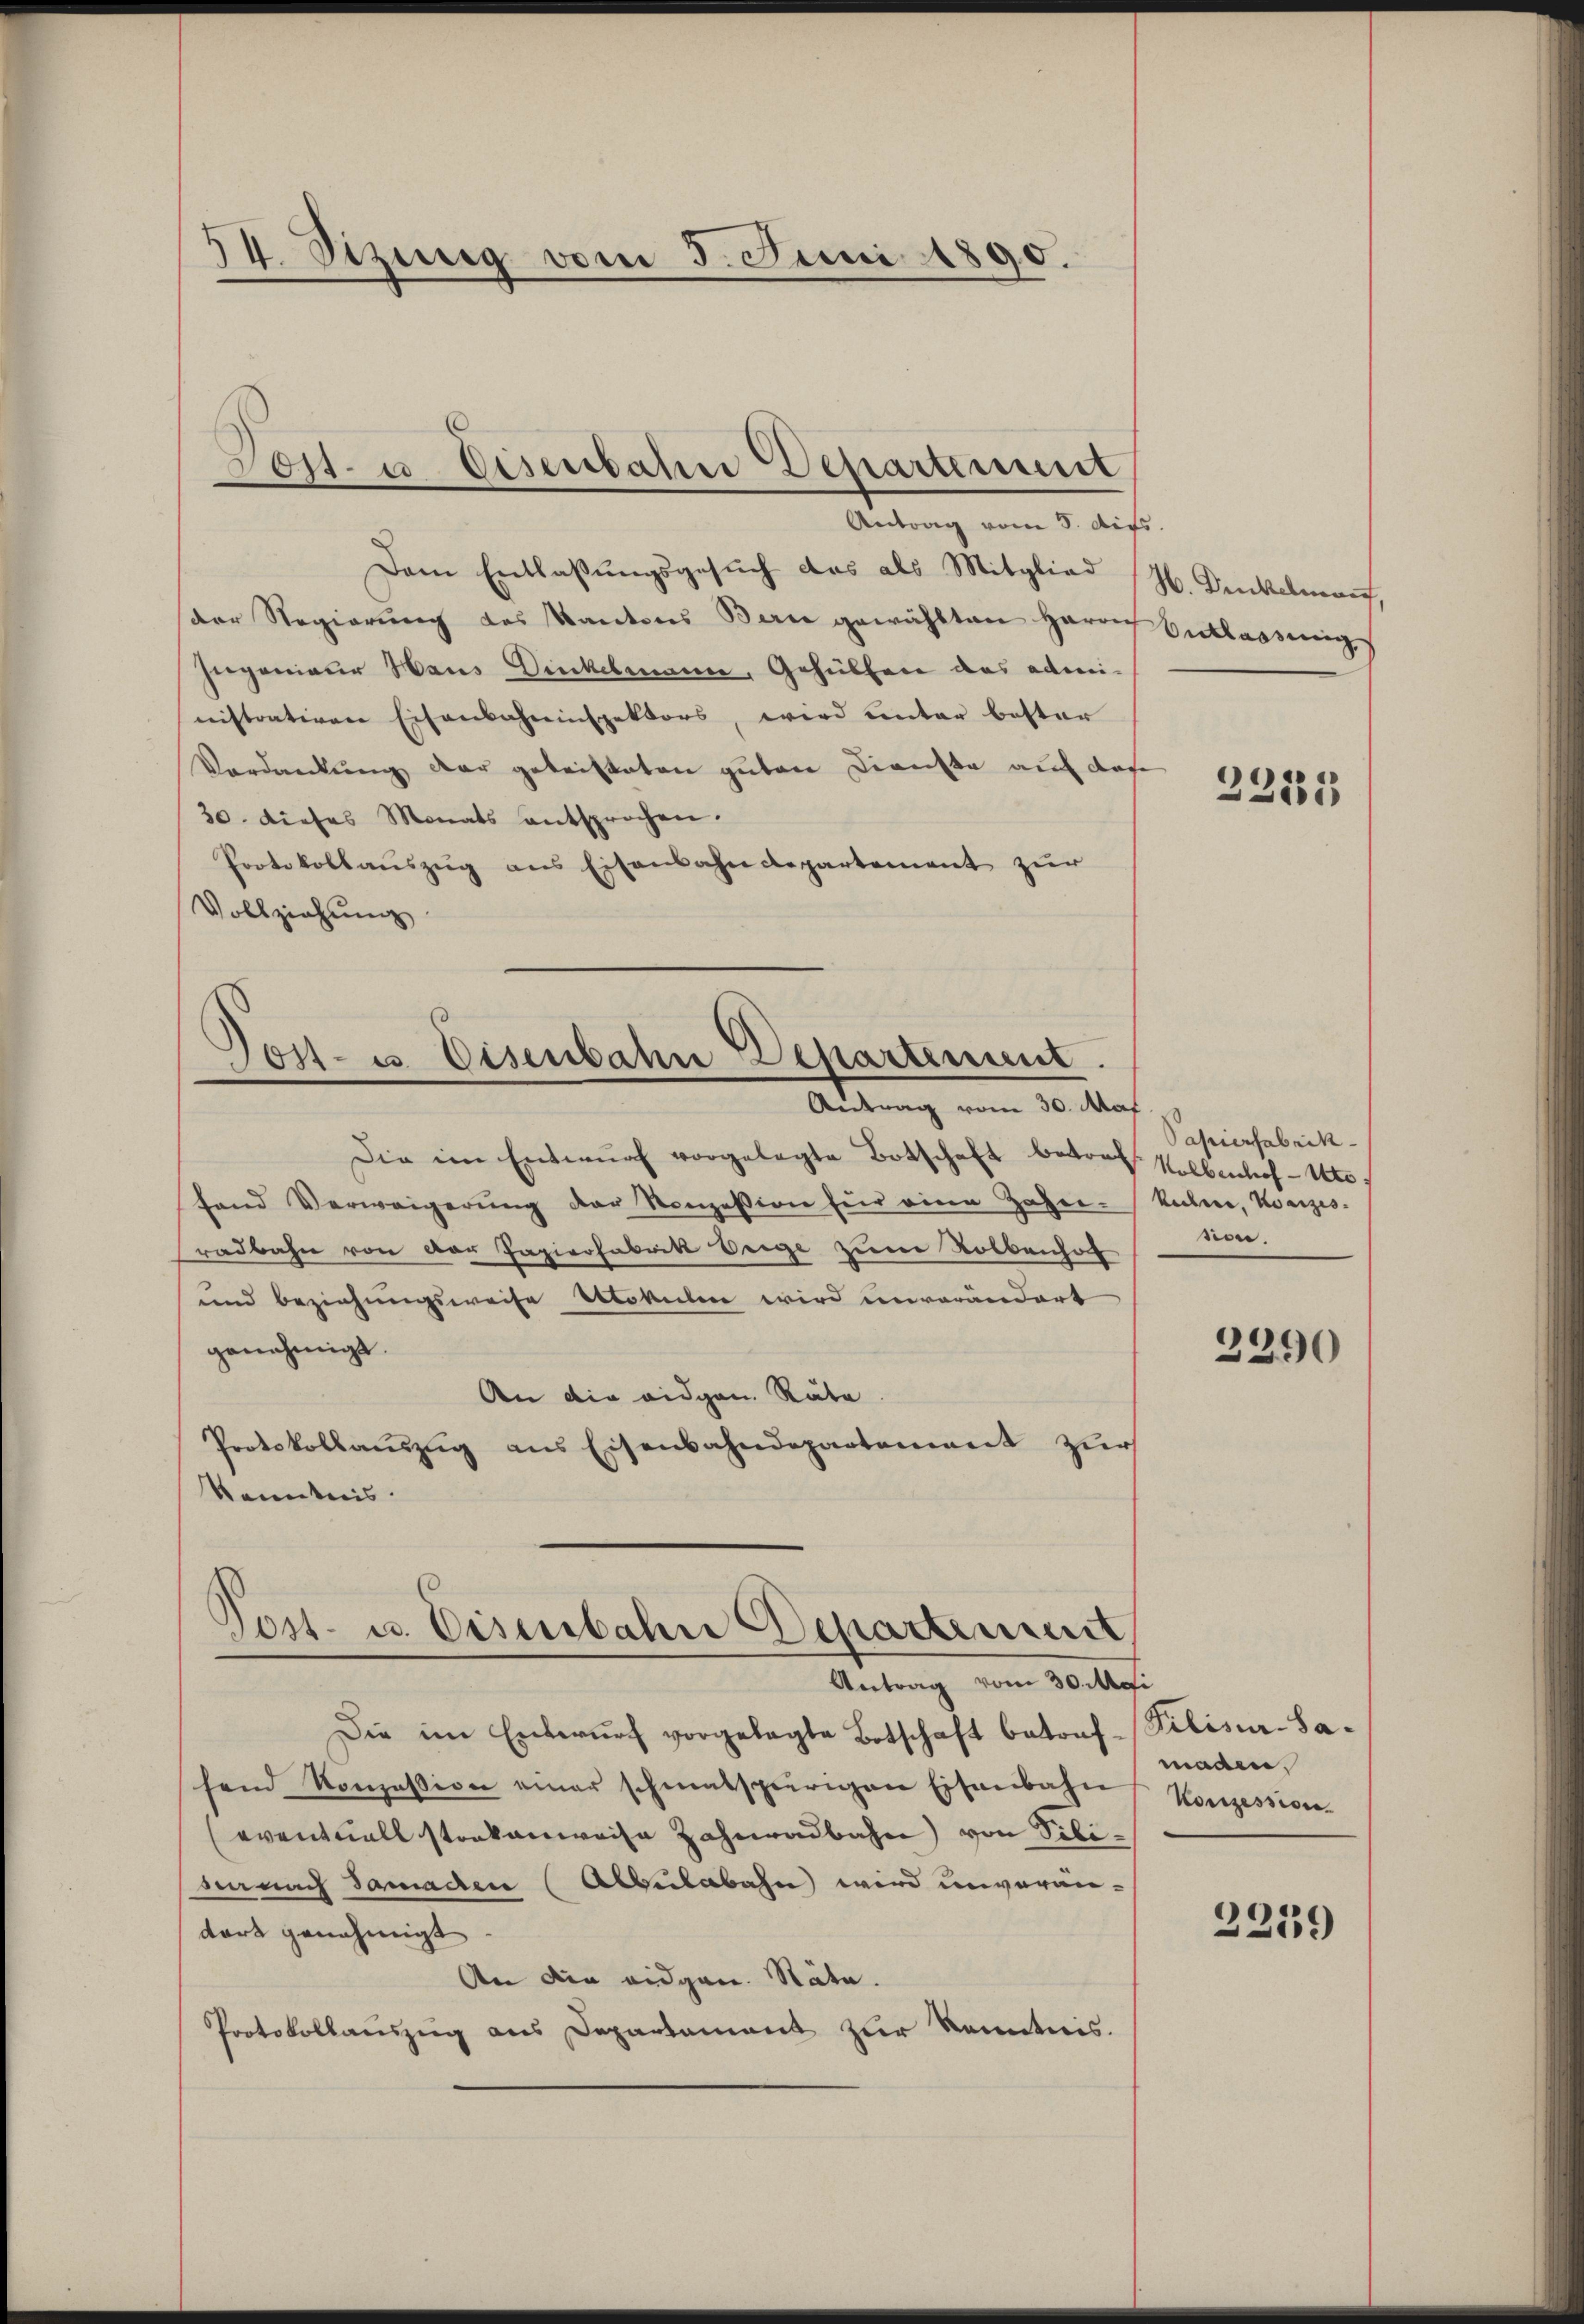
54. Sitzung vom 5. Juni 1890.

Antrag vom 5. Aufs
Dam Entlassŭngsgesuch das als Mitglied (H. Deckelnauf,
der Regierŭng des Kantons Bern gewählten Herrn Entlassungs
Ingenieur Haus Dinkelmann, Gehülfen das administrativen Eisenbahninspektors, wird unter bester
Verdankung der gekristeten guten Dienste auf dase
30. dieses Monats entsprochen.
Protokollauszug aus Eisenbahndepartement zur
Vollziehung

Post- u. Eisenbahne Departement

Gost- u. Eisenbahn Departement.
Antrag vom 30. Mai

Die im Entwŭrf vorgelegte Botschaft betont. Vollenhof - Ste
fand Verweigerŭng der Konzession für eine Zahn-
radbahn von der Papierfabrik beige zum Rollenhol
und beziehungsweise Mokulen wird unverändert
genehmigt.
An die eidgen. Räte.
Protokollauszug aus Eisenbahndepartement zur
Kenntnis.

Tost- u. Disenbahne Departement
Antrag vom 30. Mai

Die im Entwŭrf vorgelegte Botschaft betrof-Pilisir-Sasend Konzession einer schmutspierigen Eisenbahn
eventuell stankenweise Zahnadbahn von Pilidanach Samaden (Abbulabahn wird unverän-
dort genehmigt
An die eidgen. Stäte.
Protokollauszug aus Departement zur Kenntnis.

23183

Papierfabrik
Rechnee, Kanzes.
sion.

2290

maden,
Konzession

2259